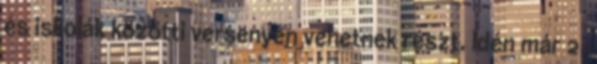
és iskolák közötti versenyen vehetnek részt. Idén már 2.